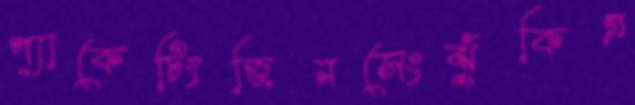
প্যাকেটিংজিনসেংঝুঁকিগ্র